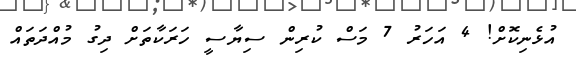
އުޅެނިކޮށް! 4 އަހަރު 7 މަސް ކުރިން ސިޔާސީ ހަރަކާތަށް ދިގު މުއްދަތައް